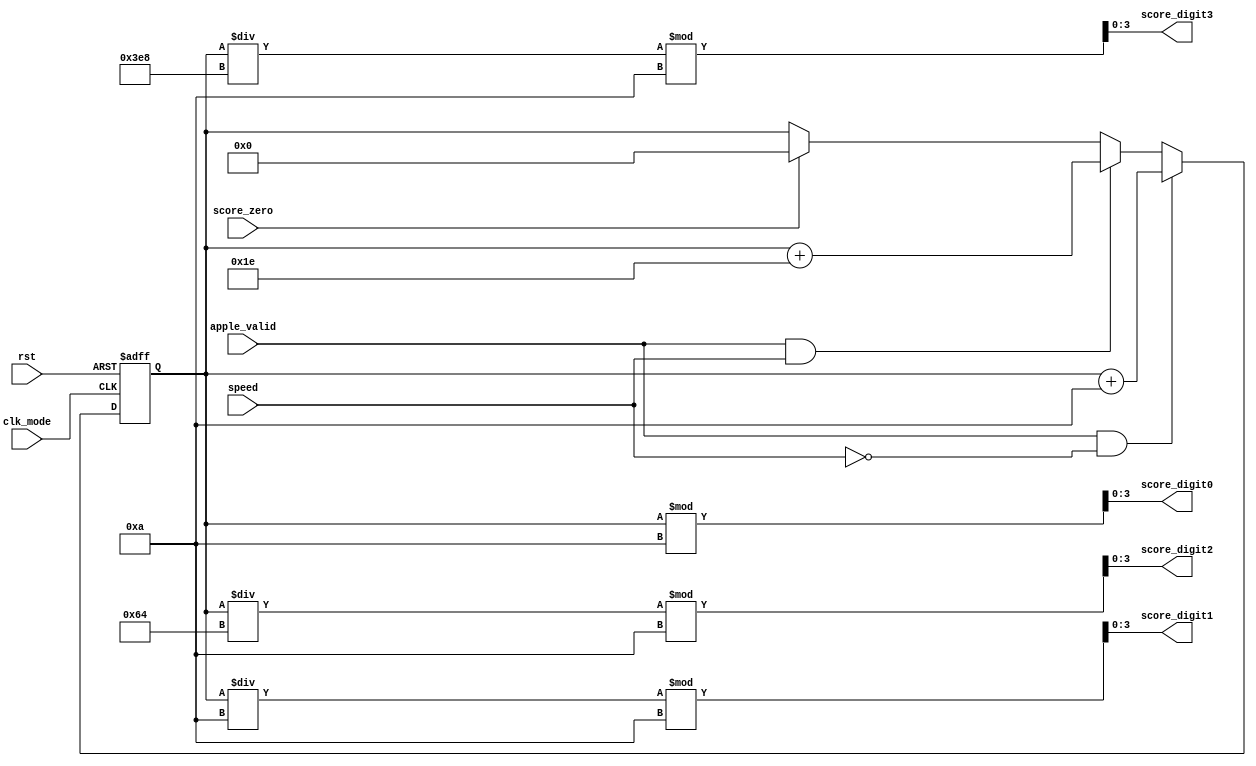
`timescale 1ns / 1ps
//////////////////////////////////////////////////////////////////////////////////
// Company: 
// Engineer: 
// 
// Design Name: 
// Module Name: score
// Project Name: 
// Target Devices: 
// Tool Versions: 
// Description: 
// 
// Dependencies: 
// 
// Revision:
// Revision 0.01 - File Created
// Additional Comments:
// 
//////////////////////////////////////////////////////////////////////////////////


module score(
input apple_valid,
input score_zero,
input rst,
input clk_mode,
input speed,
output reg [3:0]score_digit3,
output reg [3:0]score_digit2,
output reg [3:0]score_digit1,
output reg [3:0]score_digit0
    );

reg[13:0]score, temp_score;

always@*
begin
score_digit0 = score%10;
score_digit1 = (score/10)%10;
score_digit2 = (score/100)%10;
score_digit3 = (score/1000)%10;
end

always@*
if(apple_valid==1 && speed==0)
    temp_score = score + 14'd10;
else if(apple_valid==1 && speed==1)
    temp_score = score + 14'd30;
else if(score_zero == 1)
    temp_score = 0;
else
    temp_score = score;
     
always @(posedge clk_mode or posedge rst)
     if(rst==1) 
         score <= 0;        
     else 
         score <= temp_score;

endmodule